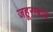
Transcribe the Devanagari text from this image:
जहूराबाद